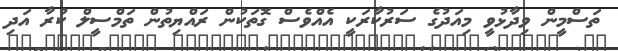
ތަސްމީން ވިދާޅުވީ މިއަދުގެ ސަރުކާރަކީ އެއްވެސް ގޮތަކުން ރައްޔިތުން ތަމްސީލް ކުރާ އަދި